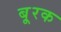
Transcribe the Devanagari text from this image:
बू्रक